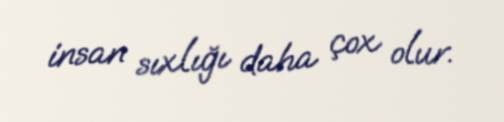
insan sıxlığı daha çox olur.